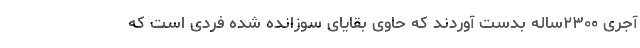
آجری ۲۳۰۰ساله بدست آوردند که حاوی بقایای سوزانده شده فردی است که